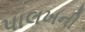
પાલખની